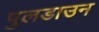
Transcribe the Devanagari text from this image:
पुलडाउन